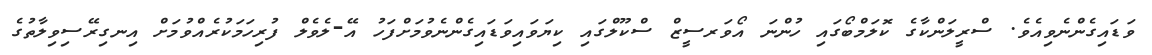
ވަޑައިގެންނެވިއެވެ. ސްރީލަންކާގެ ކޮލަމްބޯގައި ހުންނަ އޯވަރސީޒް ސްކޫލްގައި ކިޔަވައިވަޑައިގެންނެވުމަށްފަހު އޭ-ލެވެލް ފުރިހަމަކުރެއްވުމަށް އިނގިރޭސިވިލާތުގެ